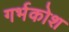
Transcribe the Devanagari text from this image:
गर्भकोश